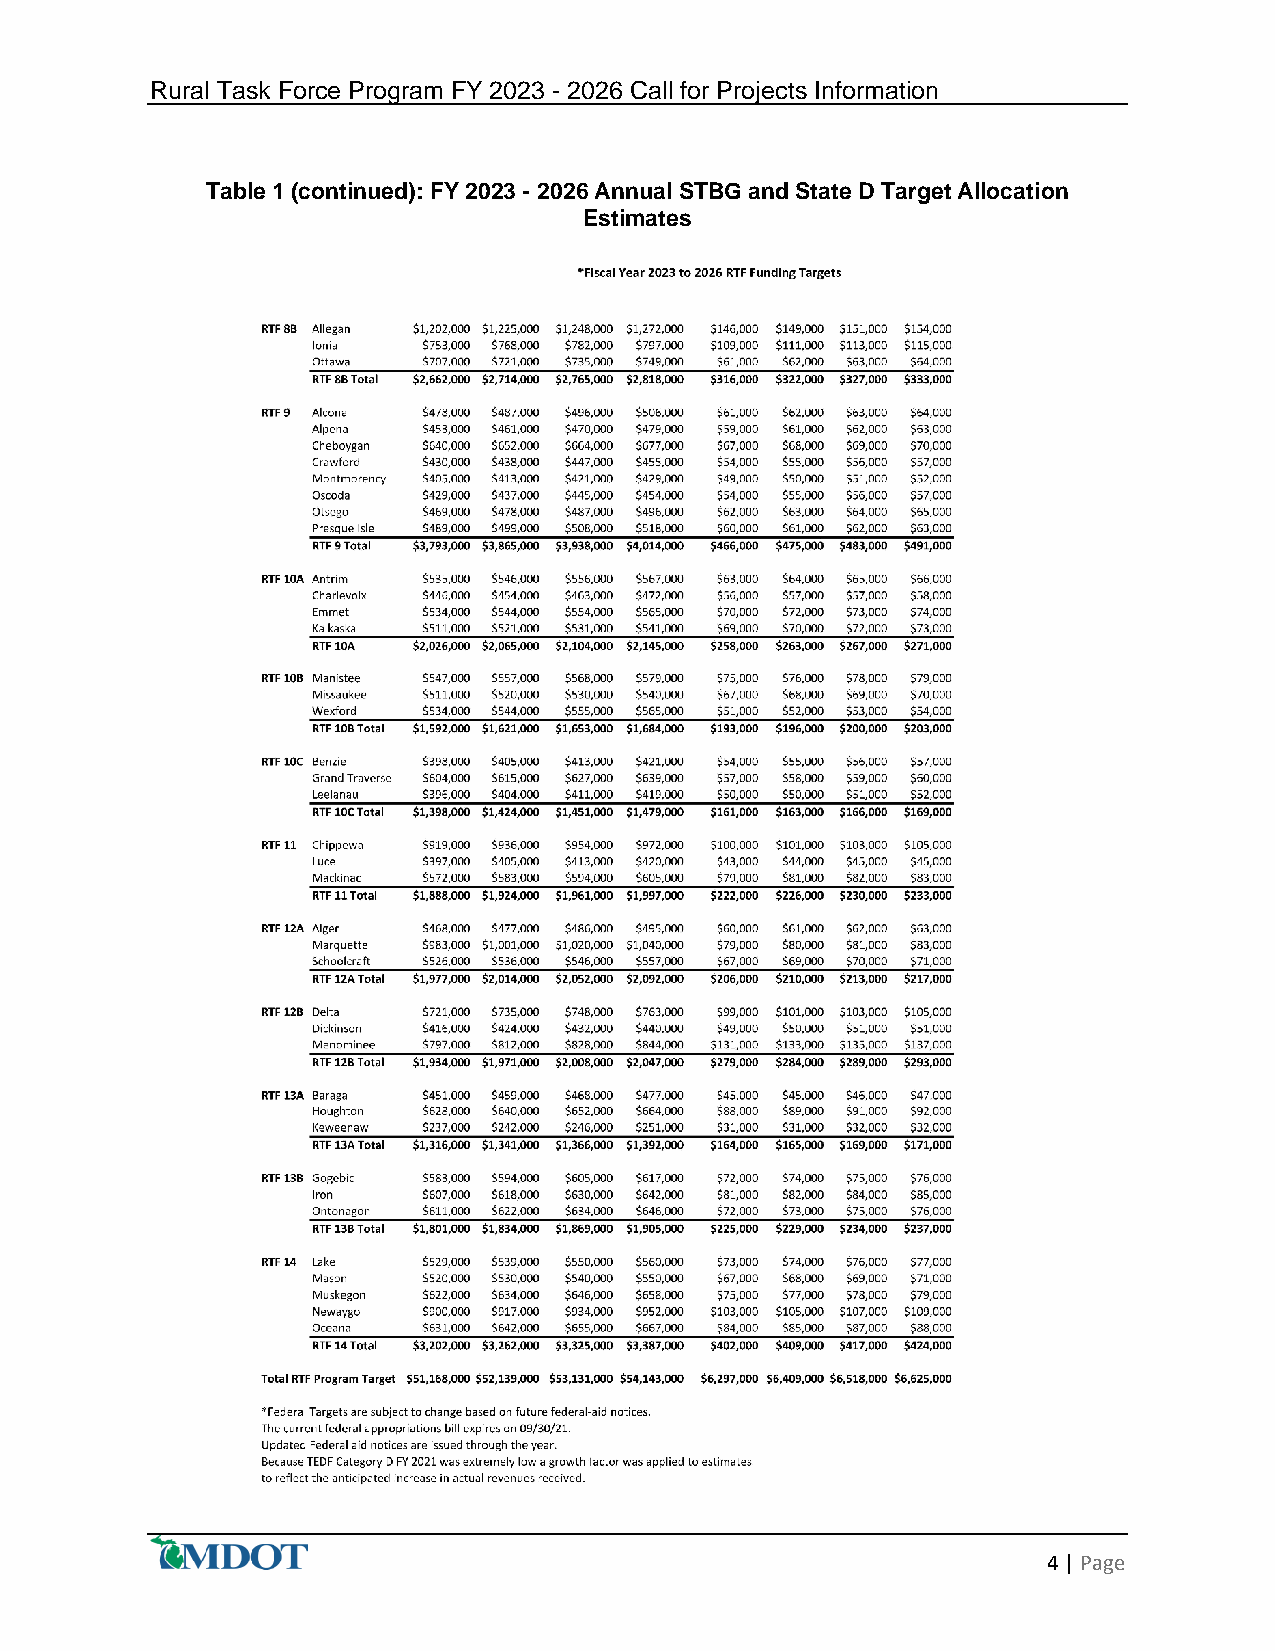
Rural Task Force Program FY 2023 - 2026 Call for Projects Information
 Table 1 (continued): FY 2023 - 2026 Annual STBG and State D Target Allocation
 Estimates
 4 | Page